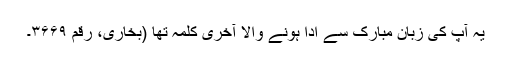
یہ آپ کی زبان مبارک سے ادا ہونے والا آخری کلمہ تھا (بخاری، رقم ۳۶۶۹۔